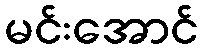
မင်းအောင်